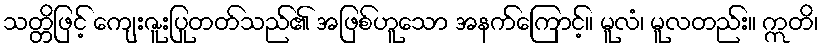
သတ္တိဖြင့် ကျေးဇူးပြုတတ်သည်၏ အဖြစ်ဟူသော အနက်ကြောင့်။ မူလံ၊ မူလတည်း။ ဣတိ၊